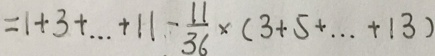
= 1 + 3 + \cdots + 1 1 - \frac { 1 1 } { 3 6 } \times ( 3 + 5 + \cdots + 1 3 )